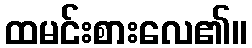
ထမင်းစားလေ၏။